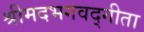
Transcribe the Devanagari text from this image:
श्रीमदभगवद्गीता